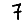
Digit: 7